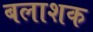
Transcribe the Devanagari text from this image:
बलाशक